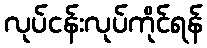
လုပ်ငန်းလုပ်ကိုင်ရန်